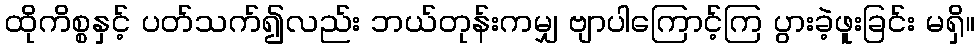
ထိုကိစ္စနှင့် ပတ်သက်၍လည်း ဘယ်တုန်းကမျှ ဗျာပါကြောင့်ကြ ပွားခဲ့ဖူးခြင်း မရှိ။